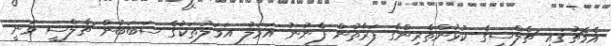
އެމެޗުގައި ޗެލްސީގެ ކުޅުންތެރިންގެ ފަރާތުން ފެނުނު އަމަލު އަމަލުތަކުގެ ސަބަބުން ޗެލްސީ ވަނީ